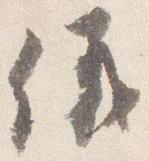
儀